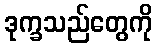
ဒုက္ခသည်တွေကို